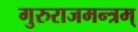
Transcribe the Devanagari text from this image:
गुरुराजमन्त्रम्